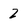
Character: 2